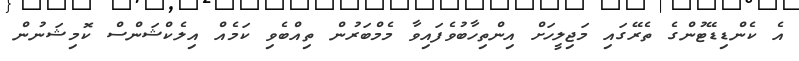
އެ ކެންޑިޑޭޓުންގެ ތެރޭގައި މަޖިލީހަށް އިންތިހާބުވެފައިވާ މެމްބަރުން ތިއްބެވި ކަމެއް އިލެކްޝަންސް ކޮމިޝަނުން